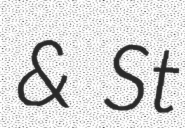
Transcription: & St